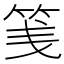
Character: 䇳